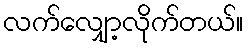
လက်လျှော့လိုက်တယ်။